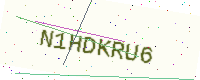
Text: N1HDKRU6